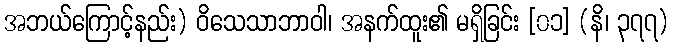
အဘယ်ကြောင့်နည်း) ဝိသေသာဘာဝါ၊ အနက်ထူး၏ မရှိခြင်း [၀၁] (နိ၊ ၃၇၇)